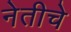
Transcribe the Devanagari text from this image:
नेतीचे